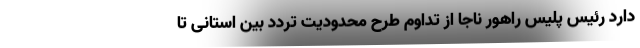
دارد رئیس پلیس راهور ناجا از تداوم طرح محدودیت تردد بین استانی تا